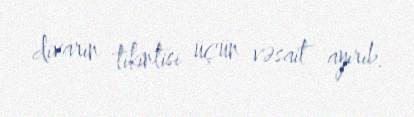
divarın tikintisi üçün vəsait ayırıb.